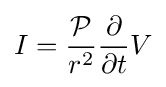
I={\frac {\mathcal {P}}{r^{2}}}{\frac {\partial }{\partial t}}V